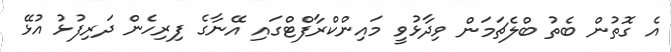
އެ ގޮތުން ބެތު ބްލެޗަމަން ވިދާޅުވީ މައިންކްރާފްޓްގައި އޭނާގެ ފިރިހެން ދަރިފުޅު އުޅޭ